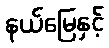
နယ်မြေနှင့်